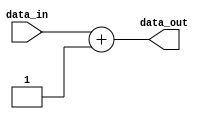
`timescale 1ns/1ps

module increment #(parameter WIDTH = 32) (
input [WIDTH-1:0] data_in,
output reg [WIDTH-1:0] data_out
);

always @* begin
	data_out <= data_in + 1;
end
endmodule